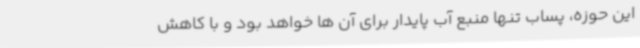
این حوزه، پساب تنها منبع آب پایدار برای آن ها خواهد بود و با کاهش